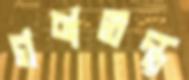
গণতন্ত্